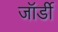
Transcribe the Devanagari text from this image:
जॉर्डी